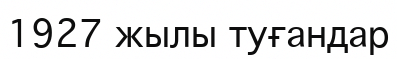
1927 жылы туғандар